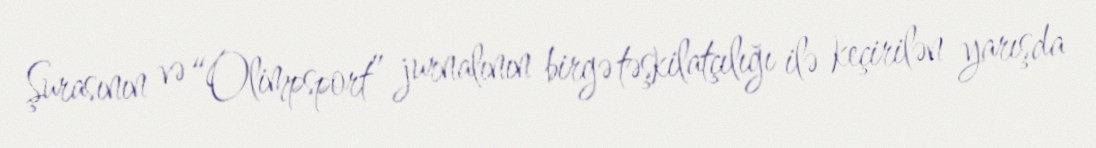
Şurasının və “Olimpsport” jurnalının birgə təşkilatçılığı ilə keçirilən yarışda